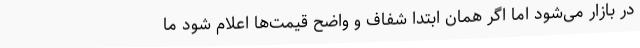
در بازار می‌شود اما اگر همان ابتدا شفاف و واضح قیمت‌ها اعلام شود ما